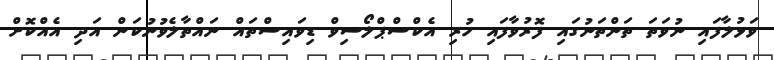
ވަޅުލާފައި ނުވަތަ ތަންތަނުގައި ފޮރުވާފައި ހުރި އެކްސްޕްލޯސިވް ޑިވައިސްތައް ނައްތާލެވުނުކަން އަދި އެއްކޮށް